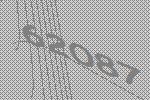
62087